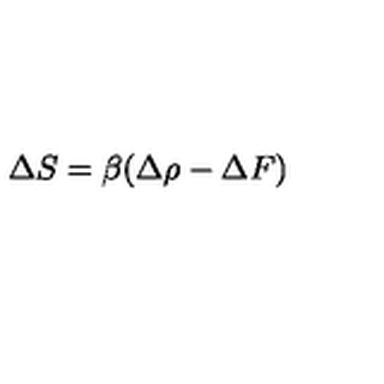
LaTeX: \Delta S = \beta ( \Delta \rho - \Delta F )